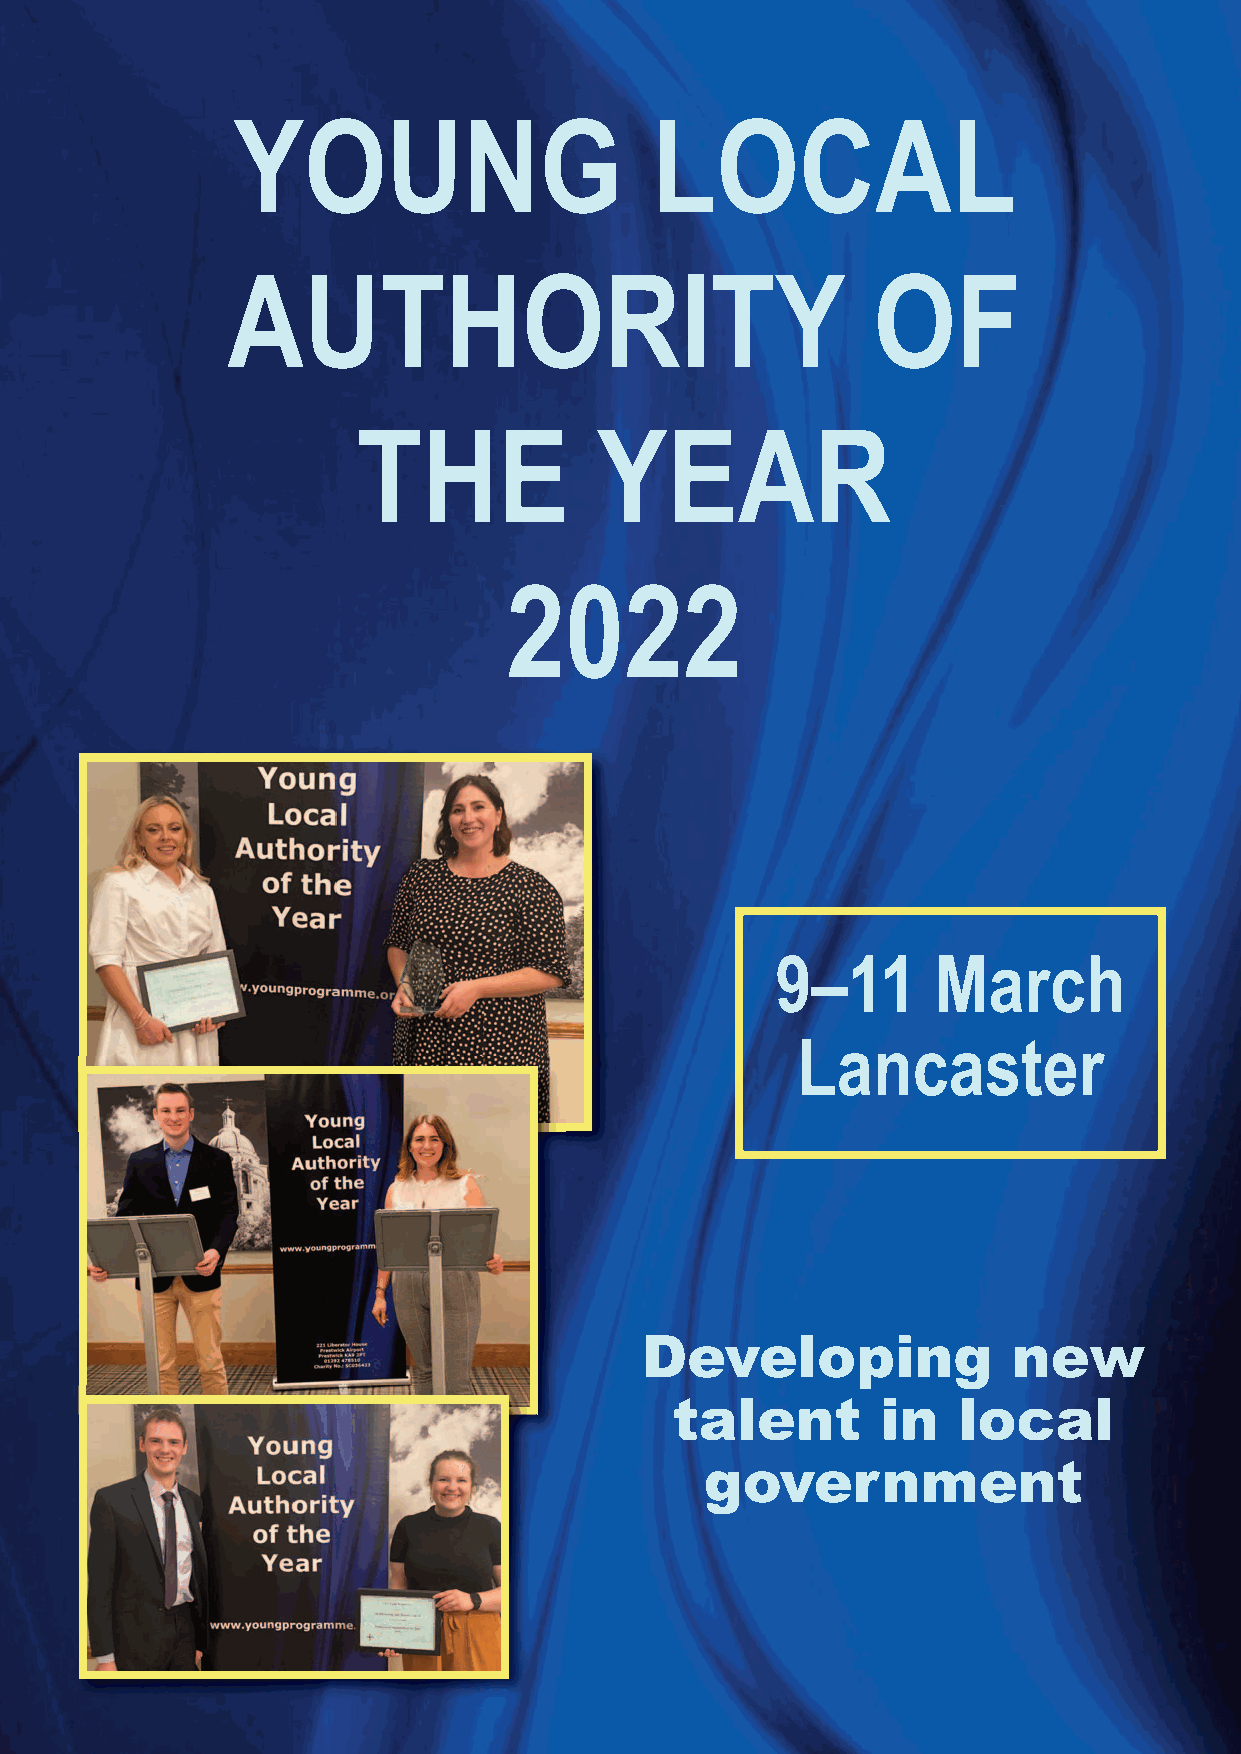
YOUNG                       LOCAL
 AUTHORITY                                  OF
 THE            YEAR
 2022
 9–11       March
 Lancaster
 Developing               new
 talent       in   local
 government